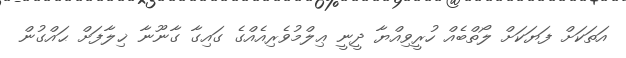
އަތަކަށް ފަޔަކަށް ލޯތްބެއް ހުރީވިއްޔާ ދީނީ ޢިލްމުވެރިއެއްގެ ގައިގާ ގާނޫނާ ޚިލާފަށް ޙައްގުން